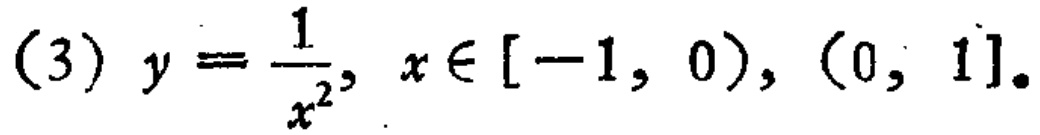
(3) \(y = \frac{1}{x^{2}}, x\in[-1, 0),(0, 1]\)